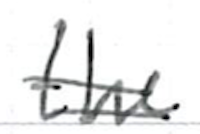
Text: the
Cross-out: double-line
Writing tool: ballpoint